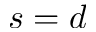
s = d